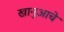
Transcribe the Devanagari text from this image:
खानुआचे